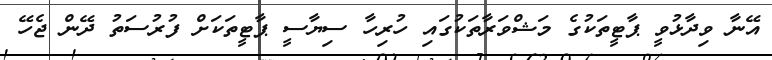
އޭނާ ވިދާޅުވީ ޕާޓީތަކުގެ މަޝްވަރާތަކުގައި ހުރިހާ ސިޔާސީ ޕާޓީތަކަށް ފުރުސަތު ދޭން ޖެހޭ